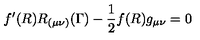
f ^ { \prime } ( R ) R _ { ( \mu \nu ) } ( \Gamma ) - \frac { 1 } { 2 } f ( R ) g _ { \mu \nu } = 0